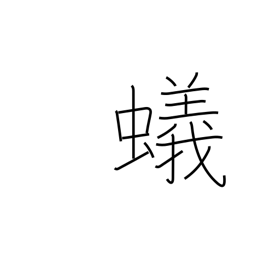
Meaning: ant